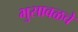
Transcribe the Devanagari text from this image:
भुसावळचे